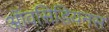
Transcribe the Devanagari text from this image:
ऑवसिडियनस